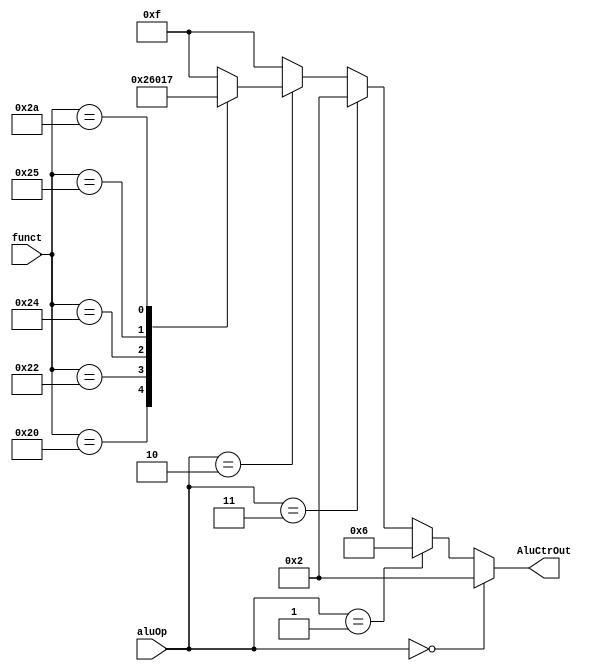
//**********************************************************************************************************
//				module: AluCtr								   *
//**********************************************************************************************************

`timescale 1ns/1ns

module AluCtr(aluOp,funct,AluCtrOut);

input wire [1:0] aluOp;		
input wire [5:0] funct;
output reg [3:0] AluCtrOut;

always@(*)
if(aluOp == 2'b00)	AluCtrOut = 4'b0010;	//lw/sw
else if(aluOp == 2'b01)	AluCtrOut = 4'b0110;	//beq
else if(aluOp == 2'b11) AluCtrOut = 4'b0010;	//addi
else if(aluOp == 2'b10)	
begin
	case(funct)	
	6'b100000:	AluCtrOut = 4'b0010;
	6'b100010:	AluCtrOut = 4'b0110;
	6'b100100:	AluCtrOut = 4'b0000;
	6'b100101:	AluCtrOut = 4'b0001;
	6'b101010:	AluCtrOut = 4'b0111;
	default:	AluCtrOut = 4'b1111;		
	endcase
end
else	AluCtrOut = 4'b1111;	

endmodule